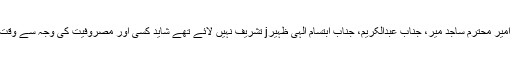
اس موقع پر جناب امیر محترم ساجد میر، جناب عبدالکریم، جناب ابتسام الہی ظہیرj تشریف نہیں لائے تھے شاید کسی اور مصروفیت کی وجہ سے وقت نہ مل سکا ہو گا ۔